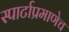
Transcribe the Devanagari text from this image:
स्पार्टाप्रमाणेच